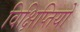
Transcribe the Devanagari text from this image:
विक्षिप्तियों